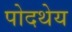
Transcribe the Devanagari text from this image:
पोदथेय